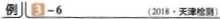
例 3-6 (2018·天津检测)